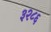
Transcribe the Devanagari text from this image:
३२८६